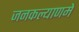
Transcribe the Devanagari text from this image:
जनकल्याणमे